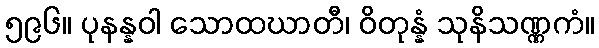
၅၉၆။ ပုနန္နဝါ သောထဃာတီ၊ ဝိတုန္နံ သုနိသဏ္ဏကံ။